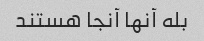
بله آنها آنجا هستند